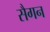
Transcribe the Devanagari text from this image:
सैगन